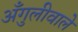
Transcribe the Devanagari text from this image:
अँगुलीवाले